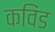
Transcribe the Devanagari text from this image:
कविंड